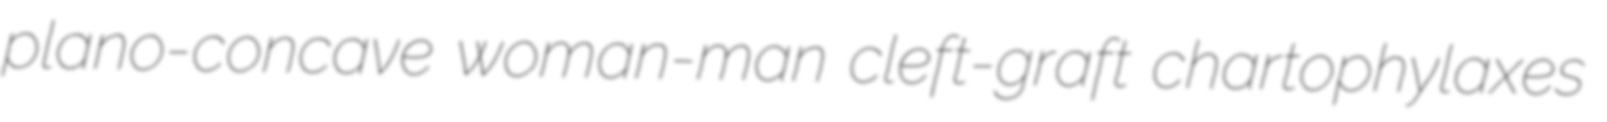
plano-concave woman-man cleft-graft chartophylaxes